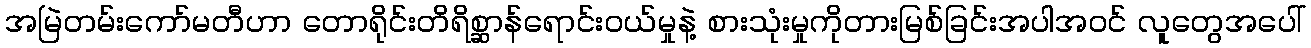
အမြဲတမ်းကော်မတီဟာ တောရိုင်းတိရိစ္ဆာန်ရောင်းဝယ်မှုနဲ့ စားသုံးမှုကိုတားမြစ်ခြင်းအပါအဝင် လူတွေအပေါ်